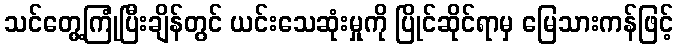
သင်တွေ့ကြုံပြီးချိန်တွင် ယင်းသေဆုံးမှုကို ပြိုင်ဆိုင်ရာမှ မြေသားကန်ဖြင့်